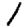
Digit: 1